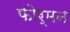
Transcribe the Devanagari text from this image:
फोर्मन